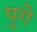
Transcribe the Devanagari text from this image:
पुगे